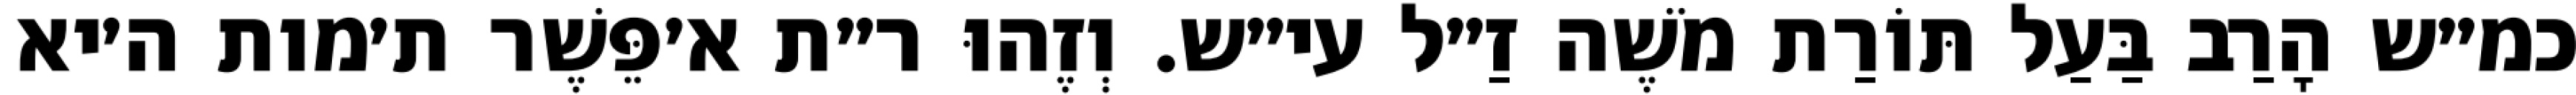
כמ״ש הָרַב בַּעַל תּוֹרַת מֹשֶׁה זַ״ל עי״ש. וְזֶהוּ ר״ת א׳פֵּשֶׁר ת׳מות ה׳יא